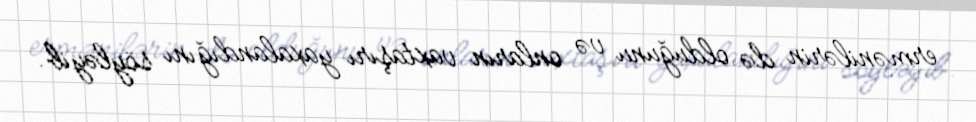
ermənilərin də olduğunu və onların vaxtaşırı yaxalandığını söyləyib.